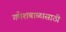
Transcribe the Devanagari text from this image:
गणेशबाळासाठी